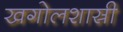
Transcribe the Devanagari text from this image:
खगोलशास्री